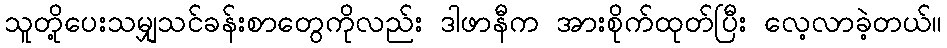
သူတို့ပေးသမျှသင်ခန်းစာတွေကိုလည်း ဒါဖာနီက အားစိုက်ထုတ်ပြီး လေ့လာခဲ့တယ်။